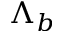
\Lambda _ { b }